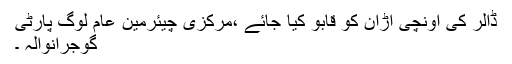
ڈالر کی اونچی اڑان کو قابو کیا جائے ،مرکزی چیئرمین عام لوگ پارٹی
گوجرانوالہ ۔